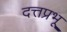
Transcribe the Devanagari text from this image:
दत्तप्रभू